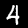
Label: 4